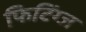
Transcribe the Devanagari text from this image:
फिटिंग्ज